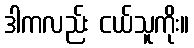
ဒါကလည်း ငယ်သူကိုး။